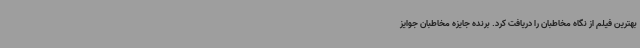
بهترین فیلم از نگاه مخاطبان را دریافت کرد. برنده جایزه مخاطبان جوایز